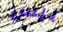
ليس